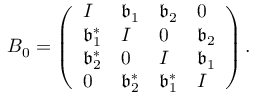
B _ { 0 } = \left( \begin{array} { l l l l } { I } & { \mathfrak { b } _ { 1 } } & { \mathfrak { b } _ { 2 } } & { 0 } \\ { \mathfrak { b } _ { 1 } ^ { * } } & { I } & { 0 } & { \mathfrak { b } _ { 2 } } \\ { \mathfrak { b } _ { 2 } ^ { * } } & { 0 } & { I } & { \mathfrak { b } _ { 1 } } \\ { 0 } & { \mathfrak { b } _ { 2 } ^ { * } } & { \mathfrak { b } _ { 1 } ^ { * } } & { I } \end{array} \right) .